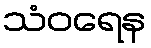
သံဝရေန